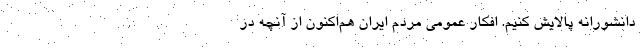
دانشورانه پالایش کنیم. افکار عمومی مردم ایران هم‌اکنون از آنچه در